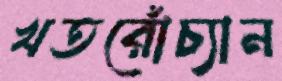
খতরোঁচ্যান